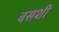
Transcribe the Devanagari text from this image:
बसशी